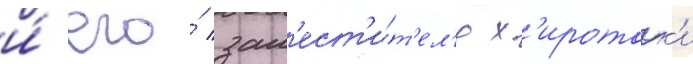
и́ его́ зам'ест'и́т'ел'я х'иротак'и